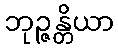
ဘုဉ္ဇန္တိယာ